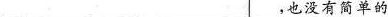
___，也没有简单的